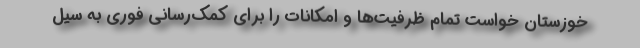
خوزستان خواست تمام ظرفیت‌ها و امکانات را برای کمک‌رسانی فوری به سیل